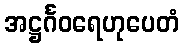
အဋ္ဌင်္ဂဝရေဟုပေတံ